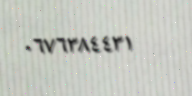
٠٦٧٦٣٨٤٤٣١